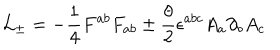
LaTeX: { \cal L } _ { \pm } = - { \frac { 1 } { 4 } } { F ^ { a b } F _ { a b } } \pm { \frac { { \theta } } { 2 } } { \epsilon } ^ { a b c } A _ { a } { \partial } _ { b } A _ { c }